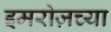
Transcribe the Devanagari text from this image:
इमरोज़च्या